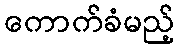
ကောက်ခံမည့်